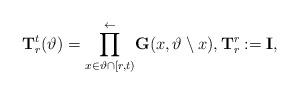
LaTeX: \begin{align*}\mathbf{T}^t_r(\vartheta)= \overset{\leftarrow}{\underset{x\in\vartheta\cap[r,t)}{\prod}} \mathbf{G}(x,\vartheta\setminus x), \mathbf{T}^r_r:=\mathbf{I},\end{align*}